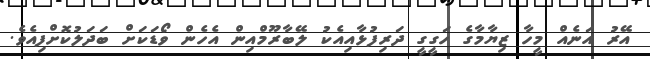
އޭރު އަނެއް މީހާ ޒިޔާމާގެ ހަގީގީ ދަރިފުޅާއިއެކު ލޭބާރޫމްއިން އެހެން ވޯޑަކަށް ބަދަލުކޮށްފިއެވެ.